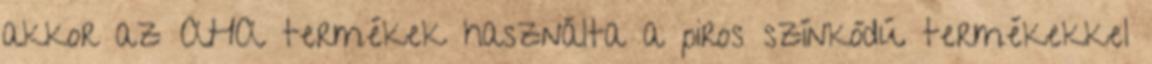
akkor az AHA termékek használta a piros színkódú termékekkel